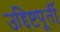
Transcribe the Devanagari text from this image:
उद्दिष्टपूर्ती